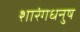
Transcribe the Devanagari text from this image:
शारंगधनुष